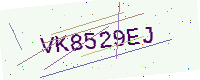
Text: VK8529EJ